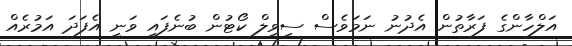
އަލްހާންގެ ފަރާތުން އެދުނު ނަމަވެސް ސިވިލް ކޯޓުން ބުނެފައި ވަނީ އެފަދަ އަމުރެއް